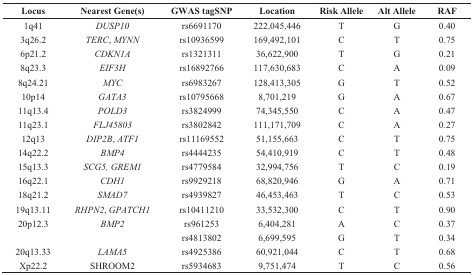
<table><thead><tr><td><b>Locus</b></td><td><b>Nearest Gene(s)</b></td><td><b>GWAS tagSNP</b></td><td><b>Location</b></td><td><b>Risk Allele</b></td><td><b>Alt Allele</b></td><td><b>RAF</b></td></tr></thead><tbody><tr><td>1q41</td><td><i>DUSP10</i></td><td>rs6691170</td><td>222,045,446</td><td>T</td><td>G</td><td>0.40</td></tr><tr><td>3q26.2</td><td><i>TERC</i>, <i>MYNN</i></td><td>rs10936599</td><td>169,492,101</td><td>C</td><td>T</td><td>0.75</td></tr><tr><td>6p21.2</td><td><i>CDKN1A</i></td><td>rs1321311</td><td>36,622,900</td><td>T</td><td>G</td><td>0.21</td></tr><tr><td>8q23.3</td><td><i>EIF3H</i></td><td>rs16892766</td><td>117,630,683</td><td>C</td><td>A</td><td>0.09</td></tr><tr><td>8q24.21</td><td><i>MYC</i></td><td>rs6983267</td><td>128,413,305</td><td>G</td><td>T</td><td>0.52</td></tr><tr><td>10p14</td><td><i>GATA3</i></td><td>rs10795668</td><td>8,701,219</td><td>G</td><td>A</td><td>0.67</td></tr><tr><td>11q13.4</td><td><i>POLD3</i></td><td>rs3824999</td><td>74,345,550</td><td>C</td><td>A</td><td>0.47</td></tr><tr><td>11q23.1</td><td><i>FLJ45803</i></td><td>rs3802842</td><td>111,171,709</td><td>C</td><td>A</td><td>0.27</td></tr><tr><td>12q13</td><td><i>DIP2B</i>, <i>ATF1</i></td><td>rs11169552</td><td>51,155,663</td><td>C</td><td>T</td><td>0.75</td></tr><tr><td>14q22.2</td><td><i>BMP4</i></td><td>rs4444235</td><td>54,410,919</td><td>C</td><td>T</td><td>0.48</td></tr><tr><td>15q13.3</td><td><i>SCG5, GREM1</i></td><td>rs4779584</td><td>32,994,756</td><td>T</td><td>C</td><td>0.19</td></tr><tr><td>16q22.1</td><td><i>CDH1</i></td><td>rs9929218</td><td>68,820,946</td><td>G</td><td>A</td><td>0.71</td></tr><tr><td>18q21.2</td><td><i>SMAD7</i></td><td>rs4939827</td><td>46,453,463</td><td>T</td><td>C</td><td>0.53</td></tr><tr><td>19q13.11</td><td><i>RHPN2</i>, <i>GPATCH1</i></td><td>rs10411210</td><td>33,532,300</td><td>C</td><td>T</td><td>0.90</td></tr><tr><td>20p12.3</td><td><i>BMP2</i></td><td>rs961253</td><td>6,404,281</td><td>A</td><td>C</td><td>0.37</td></tr><tr><td></td><td></td><td>rs4813802</td><td>6,699,595</td><td>G</td><td>T</td><td>0.34</td></tr><tr><td>20q13.33</td><td><i>LAMA5</i></td><td>rs4925386</td><td>60,921,044</td><td>C</td><td>T</td><td>0.68</td></tr><tr><td>Xp22.2</td><td>SHROOM2</td><td>rs5934683</td><td>9,751,474</td><td>T</td><td>C</td><td>0.56</td></tr></tbody></table>